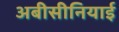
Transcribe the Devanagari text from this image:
अबीसीनियाई